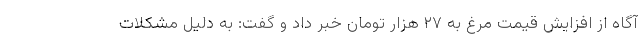
آگاه از افزایش قیمت مرغ به ٢٧ هزار تومان خبر داد و گفت: به دلیل مشکلات